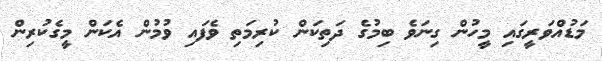
މަޑުއްވަރީގައި މީހުން ގިނަވެ ބިމުގެ ދަތިކަން ކުރިމަތި ވެފައި ވުމުން އެކަން މީގެކުރިން